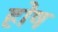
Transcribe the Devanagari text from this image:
होष